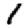
Digit: 1